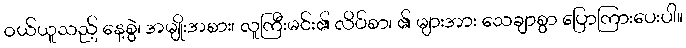
ဝယ်ယူသည့် နေ့စွဲ၊ အမျိုးအစား၊ လူကြီးမင်း၏ လိပ်စာ၊ ၏ များအား သေချာစွာ ပြောကြားပေးပါ။